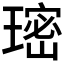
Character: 𮴰